Document type: Sale
Year: 1461
Scribe: [Unknown]
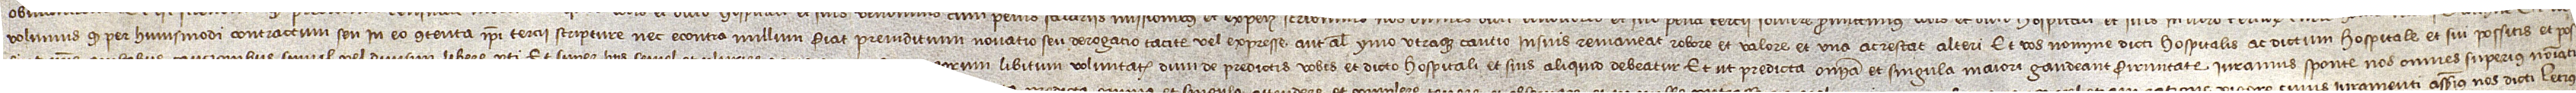
volumus quod per huiusmodi contractum seu in eo contenta ipsi tercii scripture nec econtra nullum fiat preiuditium, novatio seu derogatio, tacite vel expresse, aut aliter ymo utraque cautio in suis remaneat robore et valore et una ac restat alteri. Et vos nomine dicti hospitalis ac dictum hospitale et sui possitis et pos-